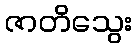
ဇာတိသွေး